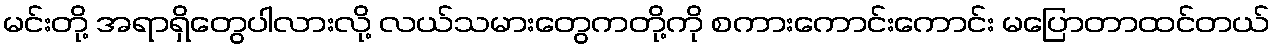
မင်းတို့ အရာရှိတွေပါလားလို့ လယ်သမားတွေကတို့ကို စကားကောင်းကောင်း မပြောတာထင်တယ်